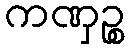
ကဏှဉ္စ